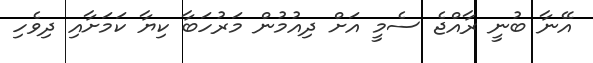
އޭނާ ބުނީ ރާއްޖެ ސެމީ އަށް ދިއުމުން މަރުހަބާ ކިޔާ ކަމަށާއި ދިވެހި